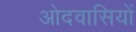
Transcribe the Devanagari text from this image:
ओदवासियों